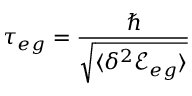
\tau _ { e g } = \frac { \hbar } { \sqrt { \langle \delta ^ { 2 } { \mathcal { E } } _ { e g } \rangle } }